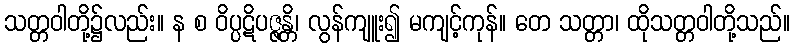
သတ္တဝါတို့၌လည်း။ န စ ဝိပ္ပဋိပဇ္ဇန္တိ၊ လွန်ကျူး၍ မကျင့်ကုန်။ တေ သတ္တာ၊ ထိုသတ္တဝါတို့သည်။